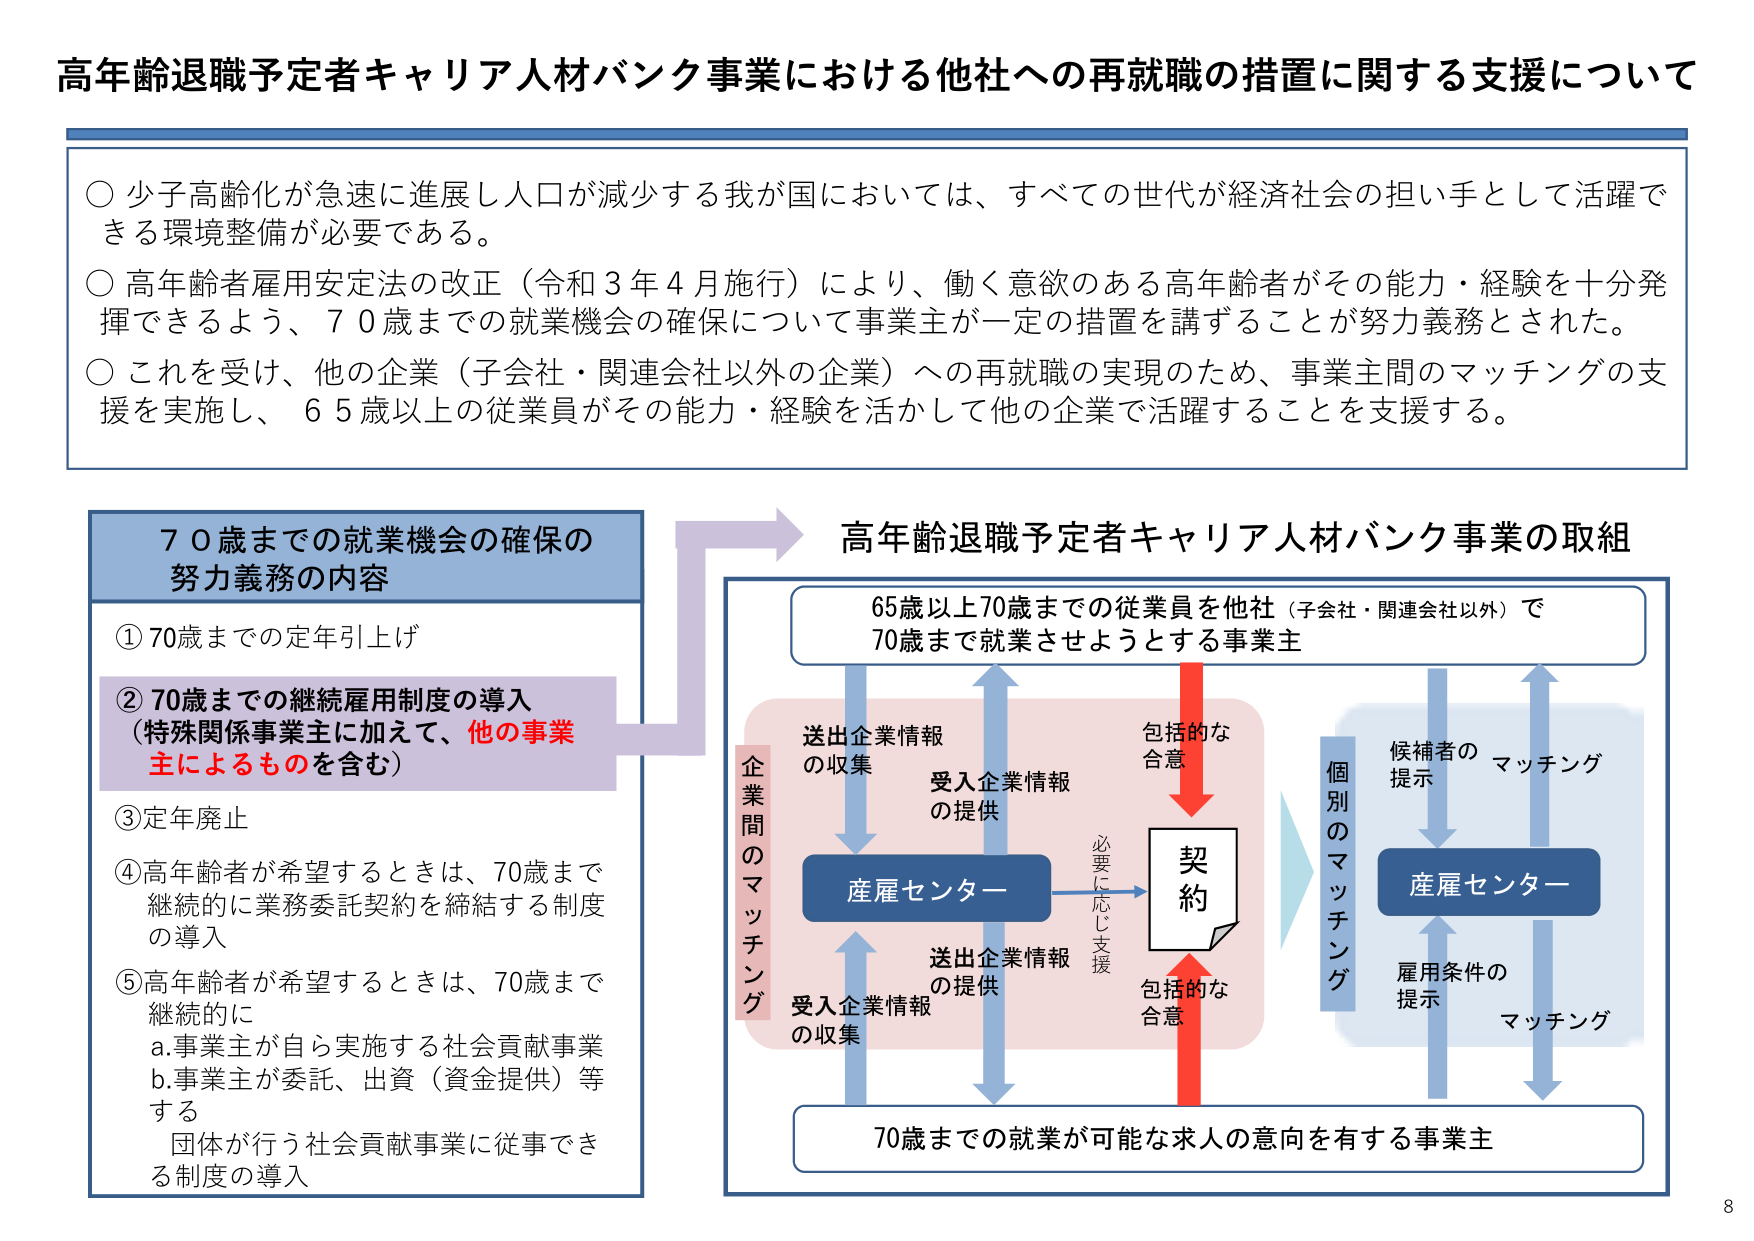
高年齢退職予定者キャリア人材バンク事業における他社への再就職の措置に関する支援について

○ 少子高齢化が急速に進展し人口が減少する我が国においては、すべての世代が経済社会の担い手として活躍できる環境整備が必要である。
○ 高年齢者雇用安定法の改正（令和３年４月施行）により、働く意欲のある高年齢者がその能力・経験を十分発揮できるよう、７０歳までの就業機会の確保について事業主が一定の措置を講ずることが努力義務とされた。
○ これを受けて、他の企業（子会社・関連会社以外の企業）への再就職の実現のため、事業主間のマッチングの支援を実施し、６５歳以上の従業員がその能力・経験を活かして他の企業で活躍することを支援する。

７０歳までの就業機会の確保の
努力義務の内容

① 70歳までの定年引上げ
② 70歳までの継続雇用制度の導入
（特殊関係事業主に加えて、他の事業主によるものを含む）
③ 定年廃止
④ 高年齢者が希望するときは、70歳まで継続的に業務委託契約を締結する制度の導入
⑤ 高年齢者が希望するときは、70歳まで継続的に
　a. 事業主が自ら実施する社会貢献事業
　b. 事業主が委託、出資（資金提供）等する団体が行う社会貢献事業に従事できる制度の導入

高年齢退職予定者キャリア人材バンク事業の取組

65歳以上70歳までの従業員を他社（子会社・関連会社以外）で
70歳まで就業させようとする事業主

送出企業情報
の収集

受入企業情報
の提供

産雇センター

送出企業情報
の提供

受入企業情報
の収集

企業間のマッチング

契約

必要に応じ支援

包括的な
合意

包括的な
合意

個別のマッチング

候補者の
提示

マッチング

産雇センター

雇用条件の
提示

マッチング

70歳までの就業が可能な求人の意向を有する事業主

8